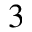
^ 3